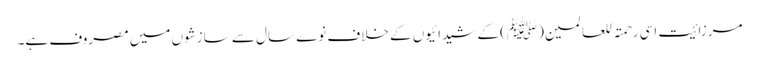
مرزائیت اسی رحمتہ للعالمین(ﷺ) کے شیدائیوں کے خلاف نوے سال سے سازشوں میں مصروف ہے۔